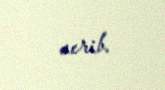
verib.